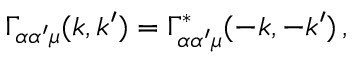
\Gamma _ { \alpha \alpha ^ { \prime } \mu } ( k , k ^ { \prime } ) = \Gamma _ { \alpha \alpha ^ { \prime } \mu } ^ { \ast } ( - k , - k ^ { \prime } ) \, ,